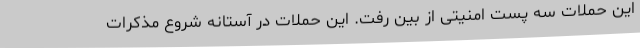
این حملات سه پست امنیتی از بین رفت. این حملات در آستانه شروع مذکرات